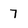
Character: 7